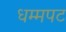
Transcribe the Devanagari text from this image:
धम्मपट